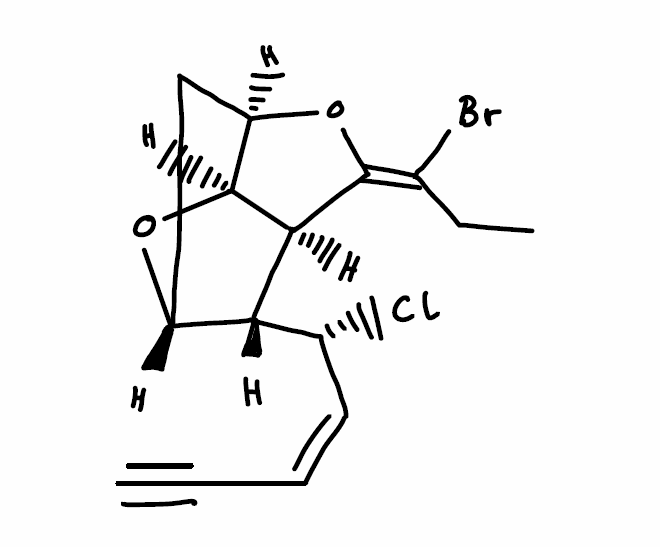
Simplified molecular-input line-entry system (SMILES) notation of the given molecule:
CC/C(=C/1\[C@H]2[C@@H]([C@H]3C[C@H]([C@@H]2O3)O1)[C@@H](/C=C\C#C)Cl)/Br